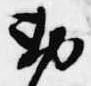
勅